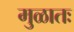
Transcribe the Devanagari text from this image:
मुळातः